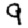
Digit: 9